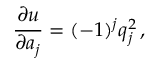
{ \frac { \partial u } { \partial a _ { j } } } = ( - 1 ) ^ { j } q _ { j } ^ { 2 } \, ,